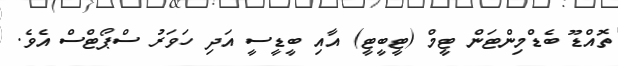
ތޮއްޑޫ ބެޑްމިންޓަން ޓީމް (ޓީބީޓީ) އާއި ބީޑީސީ އަދި ހަވަރު ސްޕޯޓްސް އެވެ.